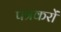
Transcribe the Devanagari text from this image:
पत्रकरों